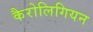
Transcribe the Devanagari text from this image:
कैरोलिगियन